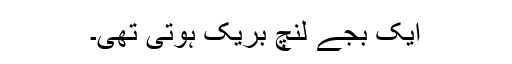
ایک بجے لنچ بریک ہوتی تھی۔